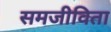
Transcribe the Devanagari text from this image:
समजीविता